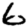
Digit: 6